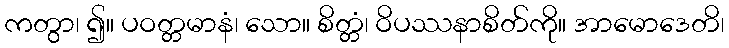
ကတွာ၊ ၍။ ပဝတ္တမာနံ၊ သော။ စိတ္တံ၊ ဝိပဿနာစိတ်ကို။ အာမောဒေတိ၊